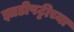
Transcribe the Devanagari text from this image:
झाडीपट्टीच्या